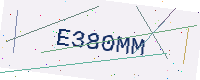
Text: E380MM